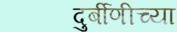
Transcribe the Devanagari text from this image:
दुर्बीणीच्या